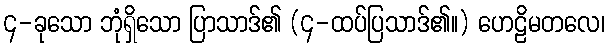
၄-ခုသော ဘုံရှိသော ပြာသာဒ်၏ (၄-ထပ်ပြသာဒ်၏။) ဟေဠိမတလေ၊